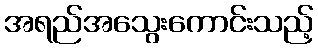
အရည်အသွေးကောင်းသည့်